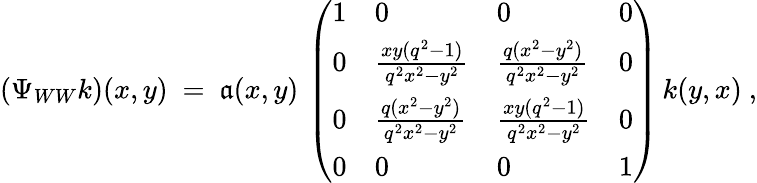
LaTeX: (\Psi_{WW}k)(x,y)\ =\ \mathfrak{a}(x,y)\, \left(\begin{array}{llll}{{1}}&{{0}}&{{0}}&{{0}}\\ {{0}}&{{\frac{xy(q^{2}-1)}{q^{2}x^{2}-y^{2}}}}&{{\frac{q(x^{2}-y^{2})}{q^{2}x^{2}-y^{2}}}}&{{0}}\\ {{0}}&{{\frac{q(x^{2}-y^{2})}{q^{2}x^{2}-y^{2}}}}&{{\frac{xy(q^{2}-1)}{q^{2}x^{2}-y^{2}}}}&{{0}}\\ {{0}}&{{0}}&{{0}}&{{1}}\end{array}\right)\, k(y,x)\ ,